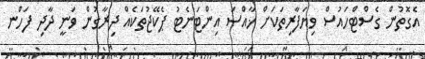
އެގޮތުން ގެސްޓްހައުސް ވިޔަފާރިތަކަށް ޚާއްސަ އިންޓަނެޓު ޕެކޭޖުތަކެއް ދިރާގުން ވަނީ ދާދި ފަހުްނ